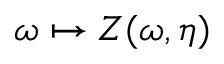
\omega \mapsto Z ( \omega , \eta )